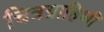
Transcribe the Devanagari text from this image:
चित्रग्राहिणी